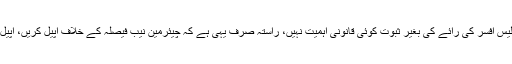
جسٹس آصف سعید کھوسہ نے کہا کہ سپریم کورٹ کریمنل کورٹ نہیں ہے، پولیس افسر کی رائے کی بغیر ثبوت کوئی قانونی اہمیت نہیں، راستہ صرف یہی ہے کہ چیئرمین نیب فیصلہ کے خلاف اپیل کریں، اپیل جانچنے کے بعد فیصلہ کریں گے دوبارہ تفتیش کا حکم دے سکتے ہیں یا نہیں۔